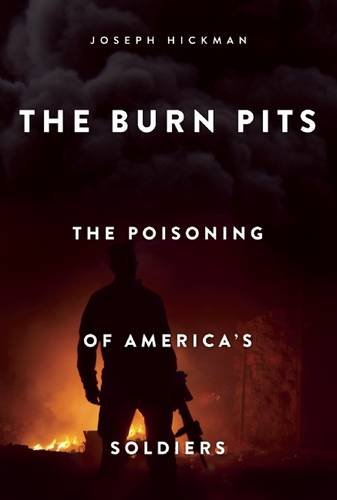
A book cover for The Burn Pits: The Poisoning of America's Soldiers; Joseph Hickman; History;